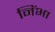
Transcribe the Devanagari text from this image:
निंभा